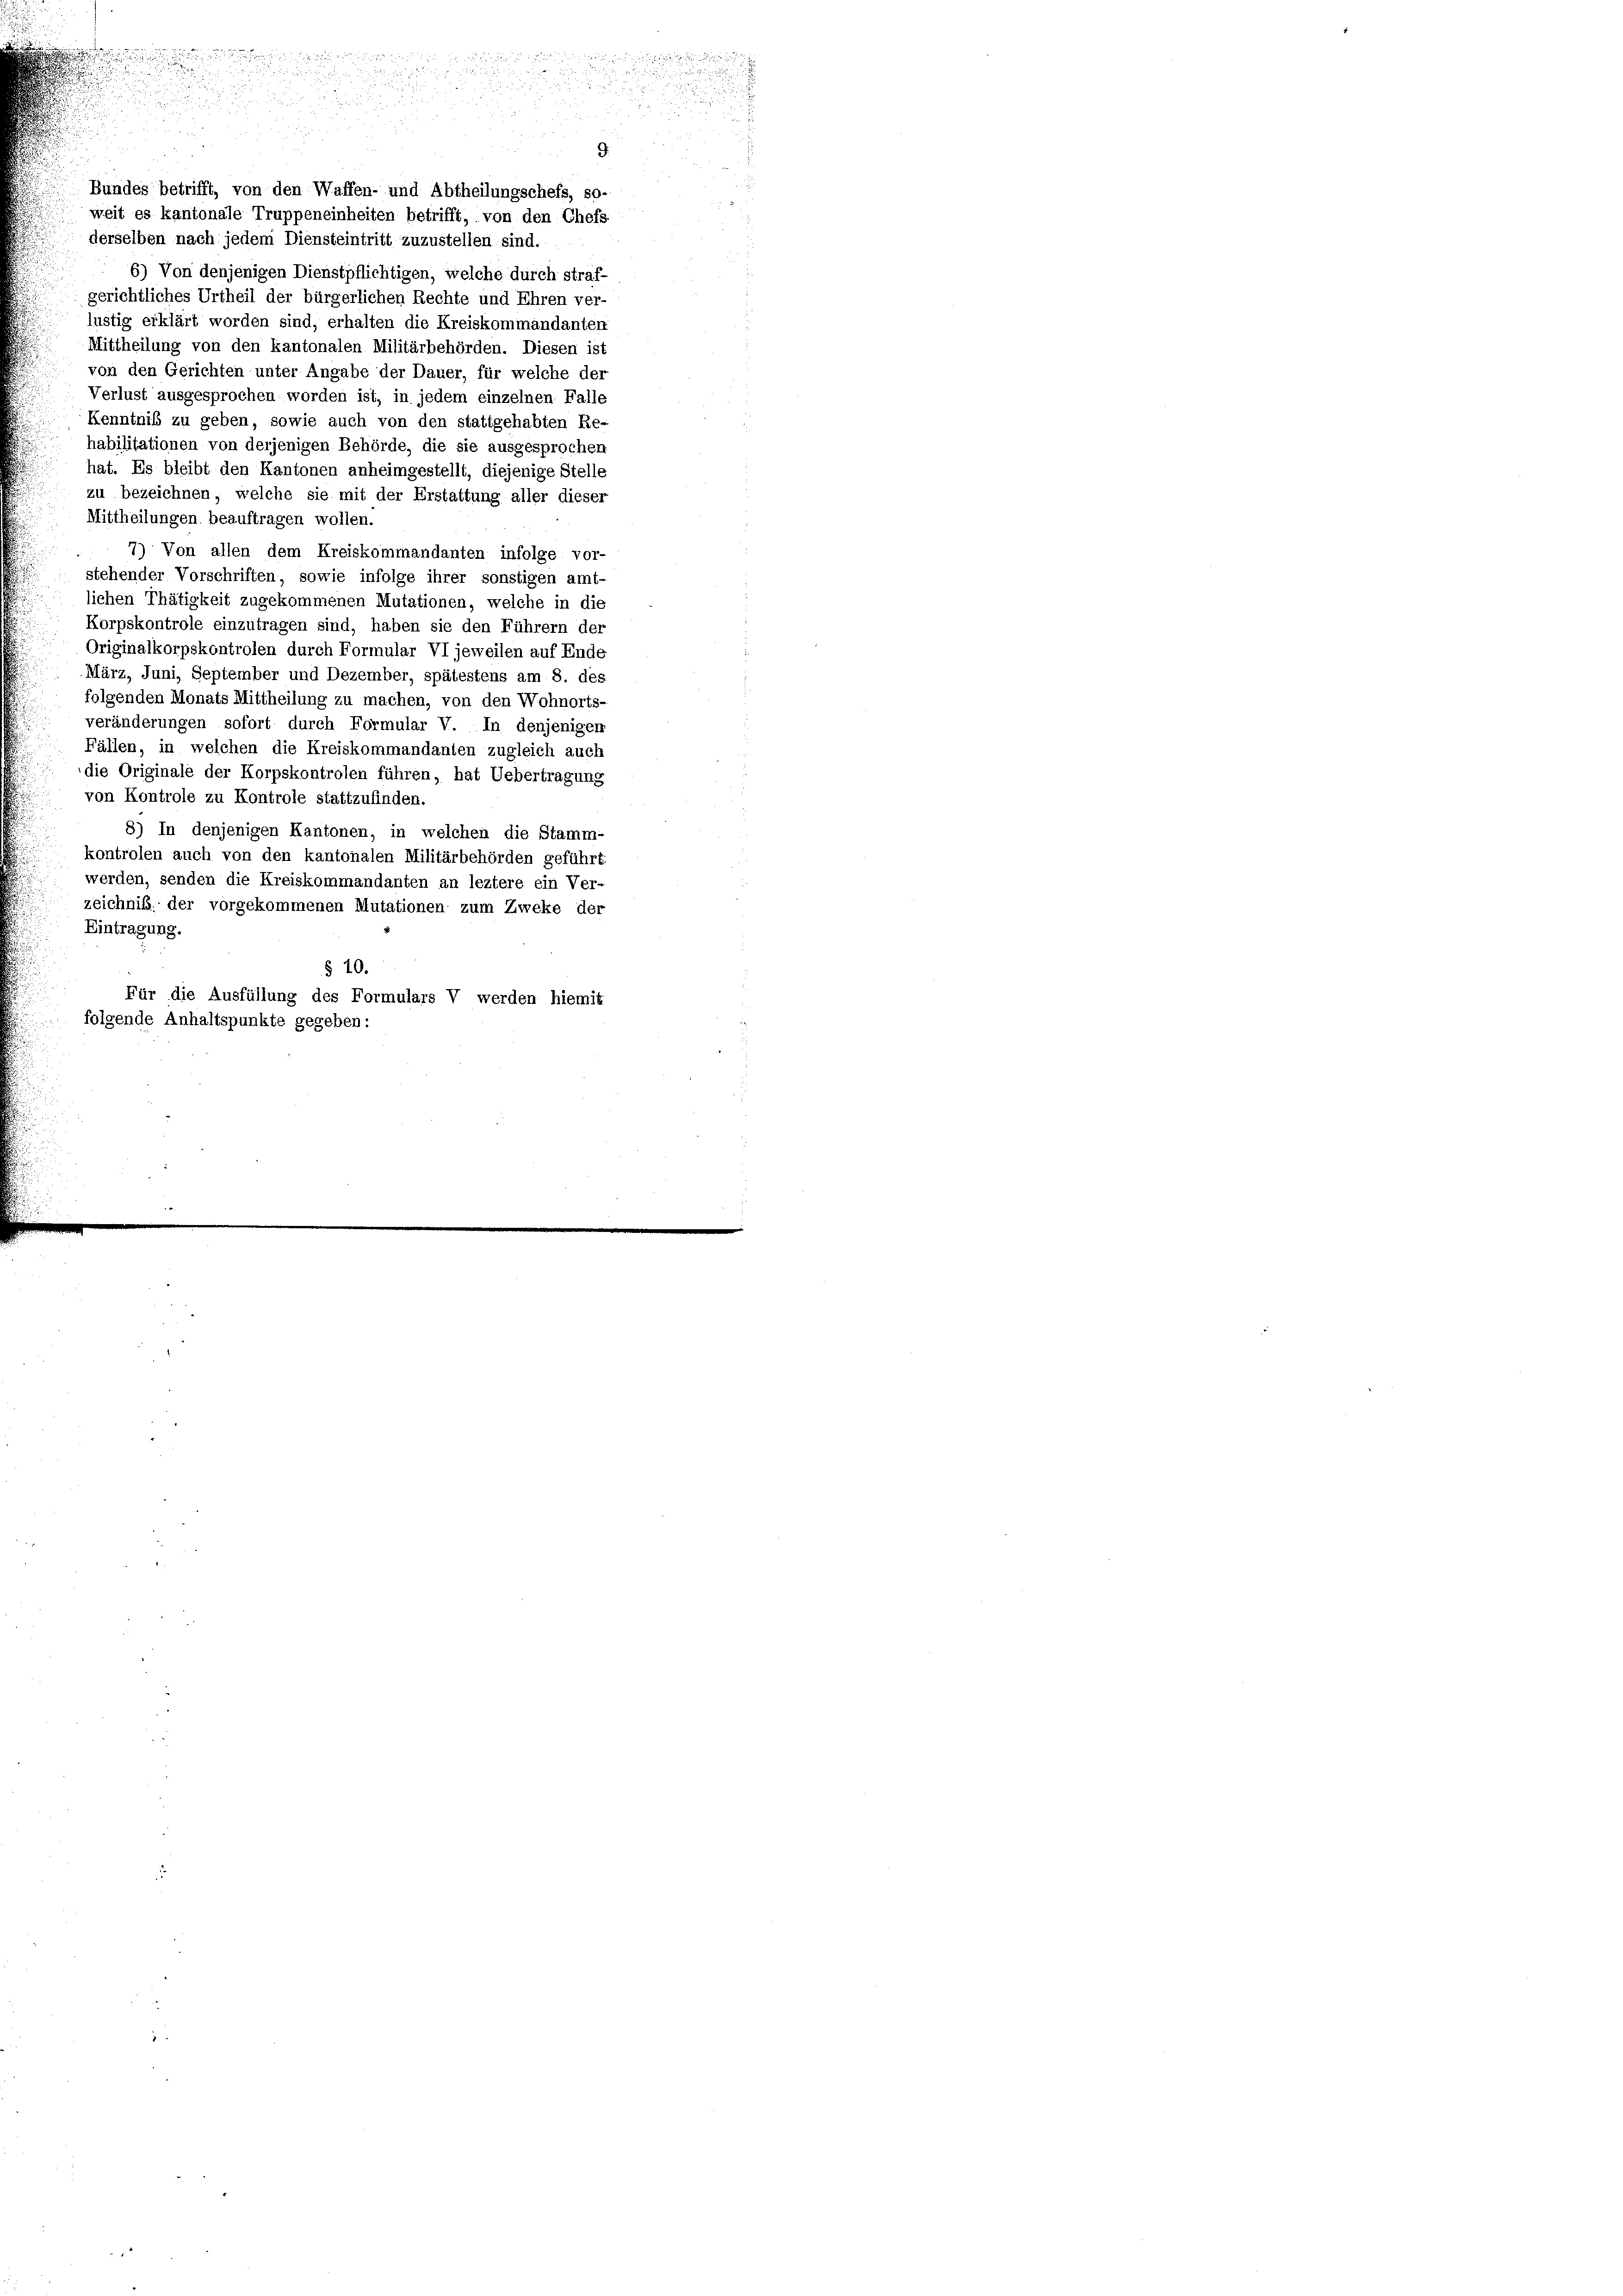
derselben nach jedem Diensteintritt zuzustellen sind.
6) Von denjenigen Dienstpflichtigen, welche durch straf-
gerichtliches Urtheil der bürgerlichen Rechte und Ehren ver-
lustig erklärt worden sind, erhalten die Kreiskommandanten
Mittheilung von den kantonalen Militärbehörden. Diesen ist
von den Gerichten unter Angabe der Dauer, für welche der
Verlust ausgesprochen worden ist, in jedem einzelnen Falle
Kenntniß zu geben, sowie auch von den stattgehabten Re-
habilitationen von derjenigen Behörde, die sie ausgesprochen
hat. Es bleibt den Kantonen anheimgestellt, diejenige Stelle
zu bezeichnen, welche sie mit der Erstattung aller dieser
Mittheilungen beauftragen wollen.
7) Von allen dem Kreiskommandanten infolge vor-
stehender Vorschriften, sowie infolge ihrer sonstigen amt-
lichen Thätigkeit zugekommenen Mutationen, welche in die
Korpskontrole einzutragen sind, haben sie den Führern der
Originalkorpskontrolen durch Formular VI jeweilen auf Ende
März, Juni, September und Dezember, spätestens am 8. des
folgenden Monats Mittheilung zu machen, von den Wohnorts-
veränderungen sofort durch Formular V. In denjenigen
Fällen, in welchen die Kreiskommandanten zugleich auch
die Originale der Korpskontrolen führen, hat Uebertragung
von Kontrole zu Kontrole stattzufinden.
8) In denjenigen Kantonen, in welchen die Stamm-
kontrolen auch von den kantonalen Militärbehörden geführt
werden, senden die Kreiskommandanten an leztere ein Ver-
zeichniß. der vorgekommenen Mutationen zum Zweke der
Eintragung.
§ 10.
Für die Ausfüllung des Formulars V werden hiemit
folgende Anhaltspunkte gegeben:

i se

2
.

a
9.
Bundes betrifft, von den Waffen- und Abtheilungschefs, so-

weit es kantonale Truppeneinheiten betrifft, von den Chefs

d